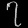
Digit: ၇